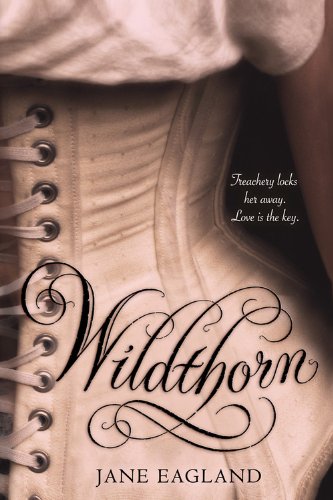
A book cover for Wildthorn; Jane Eagland; Teen & Young Adult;